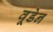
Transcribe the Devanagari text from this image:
वूडेन